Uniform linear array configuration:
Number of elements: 8
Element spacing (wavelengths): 0.75
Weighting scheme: binomial
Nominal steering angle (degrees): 15
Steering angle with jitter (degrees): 13.956
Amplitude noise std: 0.05
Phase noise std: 0.05

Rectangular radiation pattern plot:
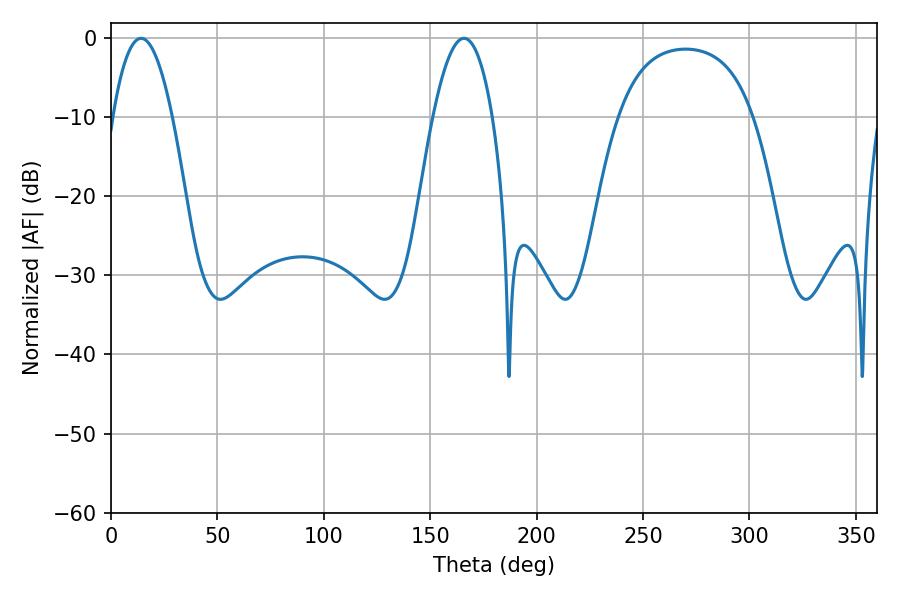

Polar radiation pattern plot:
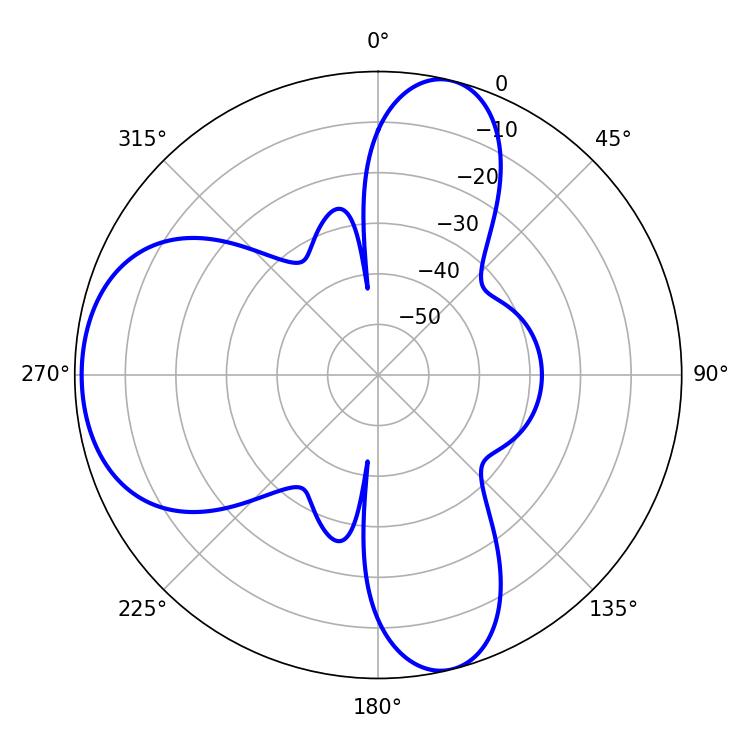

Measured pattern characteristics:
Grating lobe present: TRUE
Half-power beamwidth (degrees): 15.3
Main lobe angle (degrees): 14.04